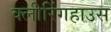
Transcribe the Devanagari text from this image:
क्लीरिंगहाउस